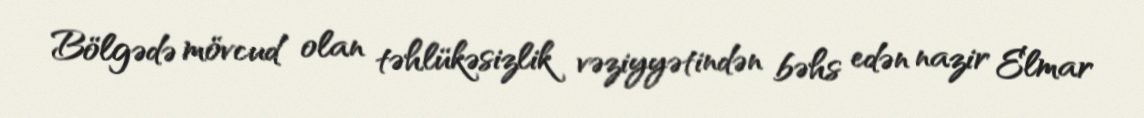
Bölgədə mövcud olan təhlükəsizlik vəziyyətindən bəhs edən nazir Elmar